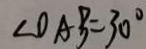
\angle O A B = 3 0 ^ { \circ }